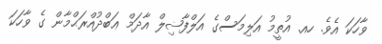
ވާހަކަ އެވެ. ހއ. އުތީމު އަލިމަސްގެ އަލްފާޟިލް އާދަމް ޢަބްދުއްރަޙްމާން ގެ ވާހަކަ